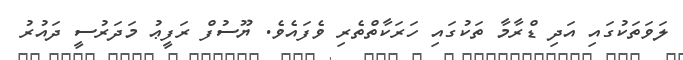
ލަވަތަކުގައި އަދި ޑްރާމާ ތަކުގައި ހަރަކާތްތެރި ވެފައެވެ. ޔޫސުފް ރަފީޢު މަދަރުސީ ދައުރު